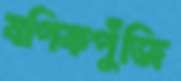
বণিকপুঁজি